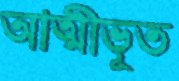
আত্মীভূত